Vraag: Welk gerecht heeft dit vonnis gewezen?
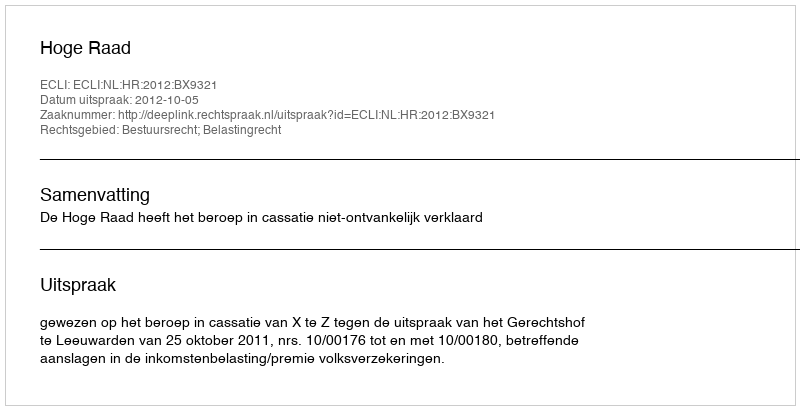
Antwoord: Hoge Raad